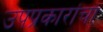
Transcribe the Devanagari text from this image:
उपप्रकारांचा